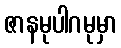
ဇာနမုပါဂမုမှာ